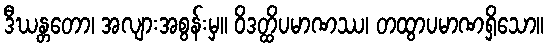
ဒီဃန္တတော၊ အလျားအစွန်းမှ။ ဝိဒတ္ထိပမာဏဿ၊ တထွာပမာဏရှိသော။